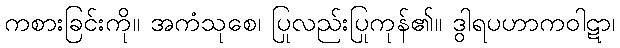
ကစားခြင်းကို။ အကံသုစေ၊ ပြုလည်းပြုကုန်၏။ ဒွါရပဟာကဝါဋာ၊